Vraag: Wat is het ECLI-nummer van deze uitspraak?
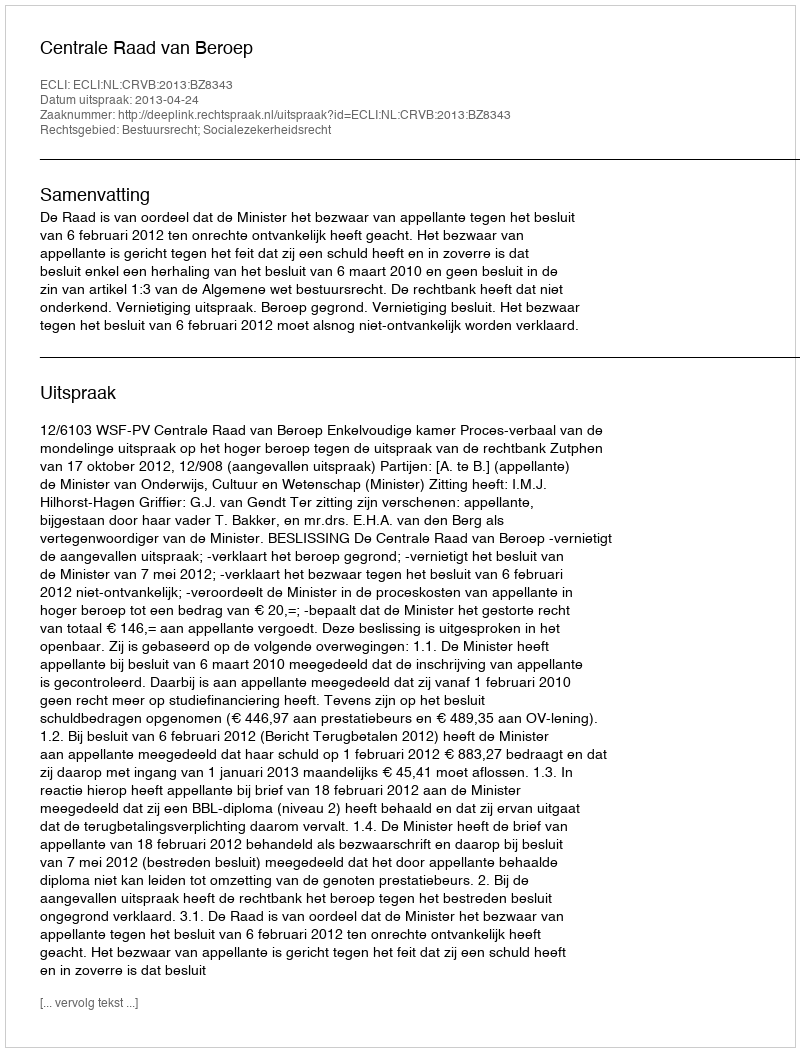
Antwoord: ECLI:NL:CRVB:2013:BZ8343